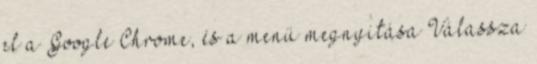
el a Google Chrome, és a menü megnyitása Válassza